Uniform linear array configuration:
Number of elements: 8
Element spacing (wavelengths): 0.75
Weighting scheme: cosine
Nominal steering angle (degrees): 45
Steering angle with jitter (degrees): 43.306
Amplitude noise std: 0.05
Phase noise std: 0.05

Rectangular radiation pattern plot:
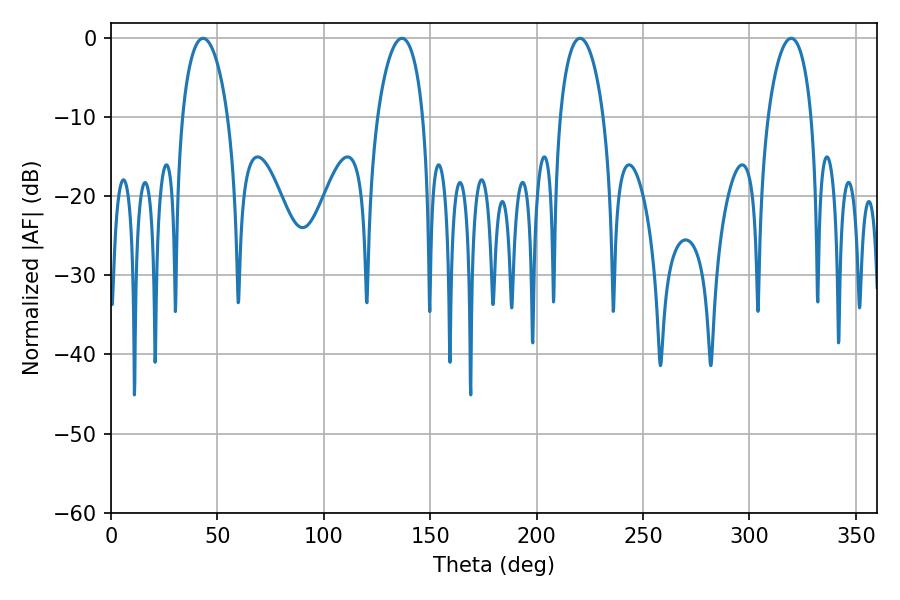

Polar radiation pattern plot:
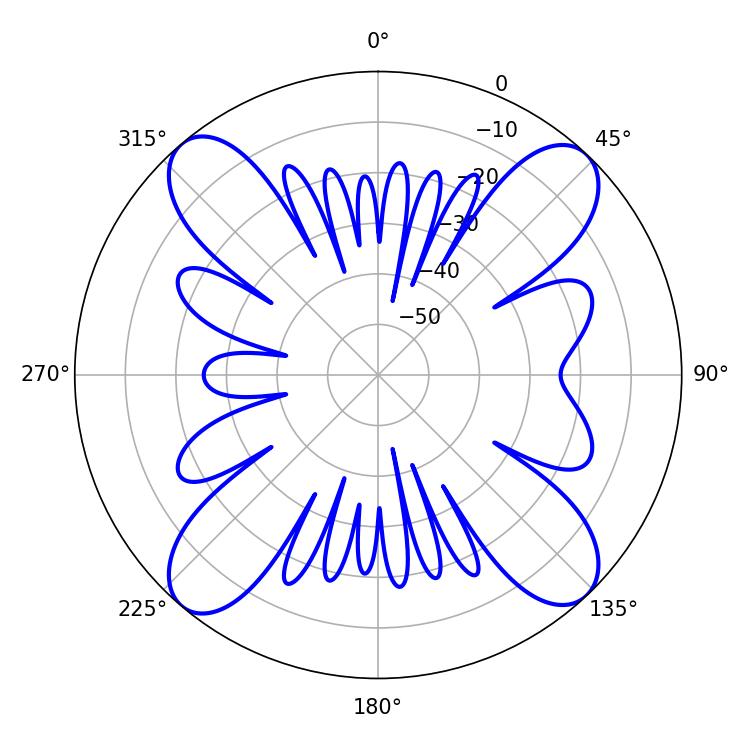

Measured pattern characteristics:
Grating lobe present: TRUE
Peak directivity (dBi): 17.321
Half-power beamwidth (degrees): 11.7
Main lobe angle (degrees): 220.32